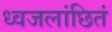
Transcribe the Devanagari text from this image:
ध्वजलांछितं